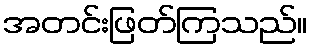
အတင်းဖြတ်ကြသည်။